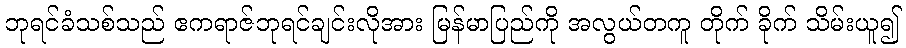
ဘုရင်ခံသစ်သည် ဧကရာဇ်ဘုရင်ချင်းလိုအား မြန်မာပြည်ကို အလွယ်တကူ တိုက် ခိုက် သိမ်းယူ၍